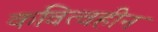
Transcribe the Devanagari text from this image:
कवित्वहीन